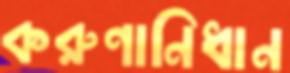
করুণানিধান